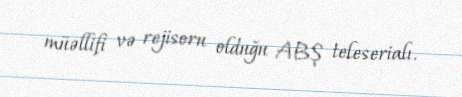
müəllifi və rejisoru olduğu ABŞ teleserialı.